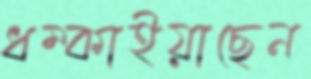
ধম্‌কাইয়াছেন